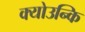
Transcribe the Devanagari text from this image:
क्योउन्कि